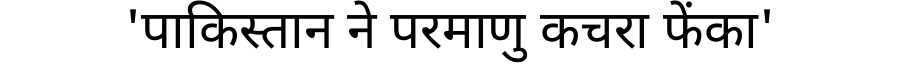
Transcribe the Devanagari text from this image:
'पाकिस्तान ने परमाणु कचरा फेंका'